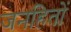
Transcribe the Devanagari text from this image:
जनहितों